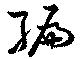
編